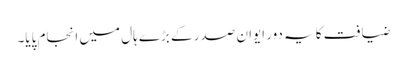
ضیافت کا یہ دور ایوان صدر کے بڑے ہال میں انجام پایا۔